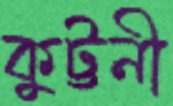
কুট্টনী